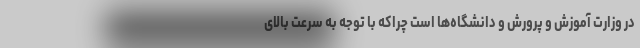
در وزارت آموزش و پرورش و دانشگاه‌ها است چراکه با توجه به سرعت بالای